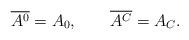
LaTeX: \begin{align*}\overline{A^{0}}=A_{0},\qquad\overline{A^{C}}=A_{C}.\end{align*}